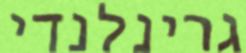
גרינלנדי